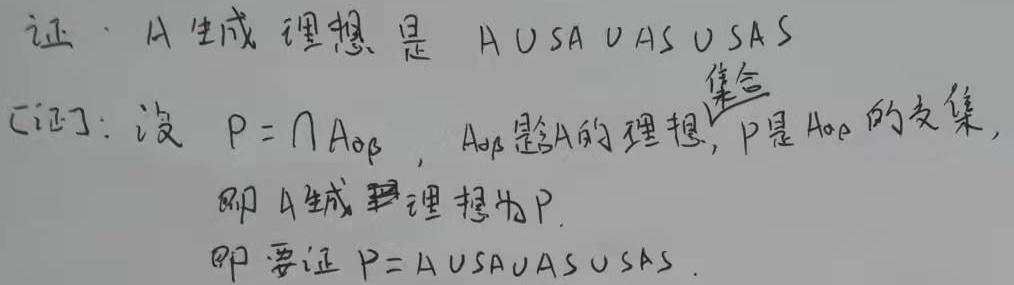
证：$A$ 生成理想是 $A\cup SA\cup AS\cup SAS$。

[证]：设 $P = \bigcap A_{\alpha\beta}$，$A_{\alpha\beta}$ 是含 $A$ 的理想，$P$ 是 $A_{\alpha\beta}$ 的交集，即 $A$ 生成理想为 $P$。即要证 $P=A\cup SA\cup AS\cup SAS$。